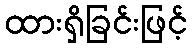
ထားရှိခြင်းဖြင့်